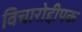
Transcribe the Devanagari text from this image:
विचारोद्दीपक